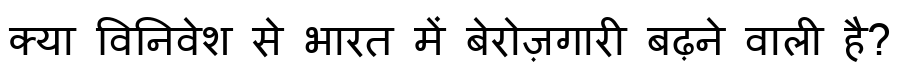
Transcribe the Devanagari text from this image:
क्या विनिवेश से भारत में बेरोज़गारी बढ़ने वाली है?